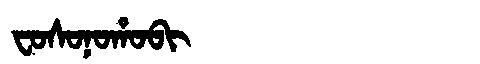
Manchu: ᠸᠣᠰᠣᠨᠣᡥᠣᠪᡳ
Romanization: FOSONOHOBI